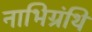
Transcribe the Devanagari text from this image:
नाभिग्रंथि